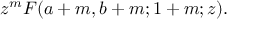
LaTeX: z ^ { m } F ( a + m , b + m ; 1 + m ; z ) .